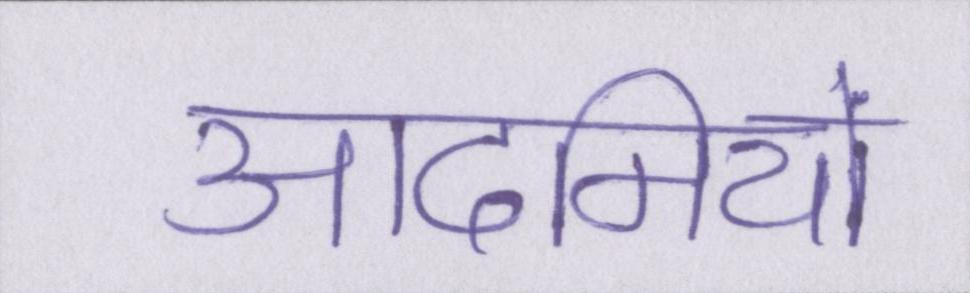
आदमियों